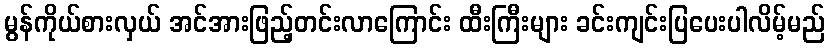
မွန်ကိုယ်စားလှယ် အင်အားဖြည့်တင်းလာကြောင်း ထီးကြီးများ ခင်းကျင်းပြပေးပါလိမ့်မည်